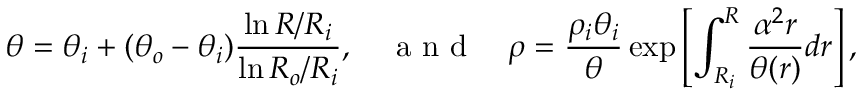
\theta = \theta _ { i } + ( \theta _ { o } - \theta _ { i } ) \frac { \ln { R / R _ { i } } } { \ln { R _ { o } / R _ { i } } } , \quad \mathrm { ~ a ~ n ~ d ~ } \quad \rho = \frac { \rho _ { i } \theta _ { i } } { \theta } \exp \left[ \int _ { R _ { i } } ^ { R } \frac { \alpha ^ { 2 } r } { \theta ( r ) } d r \right] ,